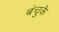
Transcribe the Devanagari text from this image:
बंचुके